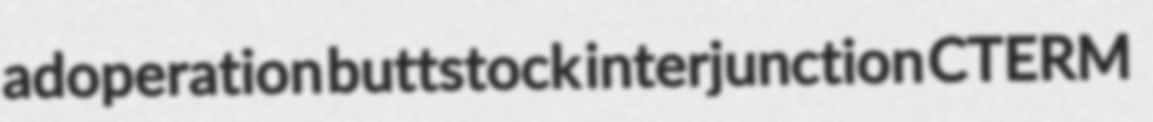
adoperation buttstock interjunction CTERM